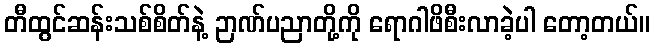
တီထွင်ဆန်းသစ်စိတ်နဲ့ ဉာဏ်ပညာတို့ကို ရောဂါဖိစီးလာခဲ့ပါ တော့တယ်။